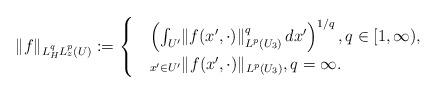
LaTeX: \begin{align*}\lVert f\rVert_{L^q_H L^p_z(U)}:=\begin{cases}& \left(\int_{U'} \lVert f(x',\cdot)\rVert^q_{L^p(U_3)}\,dx'\right)^{1/q},q\in [1,\infty),\\&_{x'\in U'} \lVert f(x',\cdot)\rVert_{L^p(U_3)}, q=\infty.\end{cases}\end{align*}